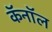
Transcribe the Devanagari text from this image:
कॅनाॅल